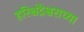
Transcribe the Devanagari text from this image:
हरिश्चंद्रेश्वराच्या